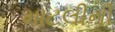
માટલીની